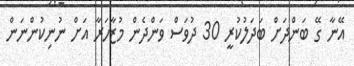
އޭނާ ގޭ ބަންދަށް ބަދަލުކުރީ 30 ދުވަސް ވަންދެން މުޒާހަރާ އަށް ނުނިކުންނަން